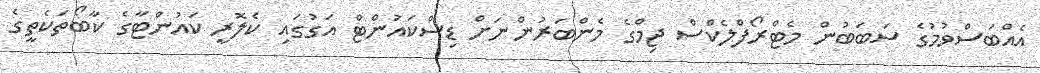
އެއްބަސްވުމުގެ ސަބަބުން މެޓްރޯފްލެކްސް ޖިމްގެ މެންބަރުންނަށް ޑިސްކައުންޓް އަގުގައި ކެލޮރީ ކައުންޓާގެ ކާބޯތަކެތީގެ